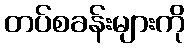
တပ်စခန်းများကို